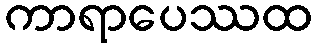
ကာရာပေဿထ